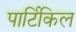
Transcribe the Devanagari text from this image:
पार्टिकिल